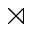
\rtimes